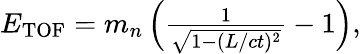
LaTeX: \begin{array}{r}{E_{\mathrm{TOF}}=m_{n}\left(\frac{1}{\sqrt{1-(L/ct)^{2}}}-1\right),}\end{array}